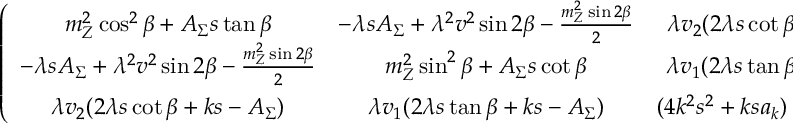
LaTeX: \left( \begin{array} { c c c } { { m _ { Z } ^ { 2 } \cos ^ { 2 } \beta + A _ { \Sigma } s \tan \beta } } & { { - \lambda s A _ { \Sigma } + \lambda ^ { 2 } v ^ { 2 } \sin 2 \beta - { \frac { m _ { Z } ^ { 2 } \sin 2 \beta } { 2 } } } } & { { \lambda v _ { 2 } ( 2 \lambda s \cot \beta + k s - A _ { \Sigma } ) } } \\ { { - \lambda s A _ { \Sigma } + \lambda ^ { 2 } v ^ { 2 } \sin 2 \beta - { \frac { m _ { Z } ^ { 2 } \sin 2 \beta } { 2 } } } } & { { m _ { Z } ^ { 2 } \sin ^ { 2 } \beta + A _ { \Sigma } s \cot \beta } } & { { \lambda v _ { 1 } ( 2 \lambda s \tan \beta + k s - A _ { \Sigma } ) } } \\ { { \lambda v _ { 2 } ( 2 \lambda s \cot \beta + k s - A _ { \Sigma } ) } } & { { \lambda v _ { 1 } ( 2 \lambda s \tan \beta + k s - A _ { \Sigma } ) } } & { { ( 4 k ^ { 2 } s ^ { 2 } + k s a _ { k } ) - { \frac { \lambda A _ { \lambda } v ^ { 2 } \sin 2 \beta } { 2 s } } } } \end{array} \right) .